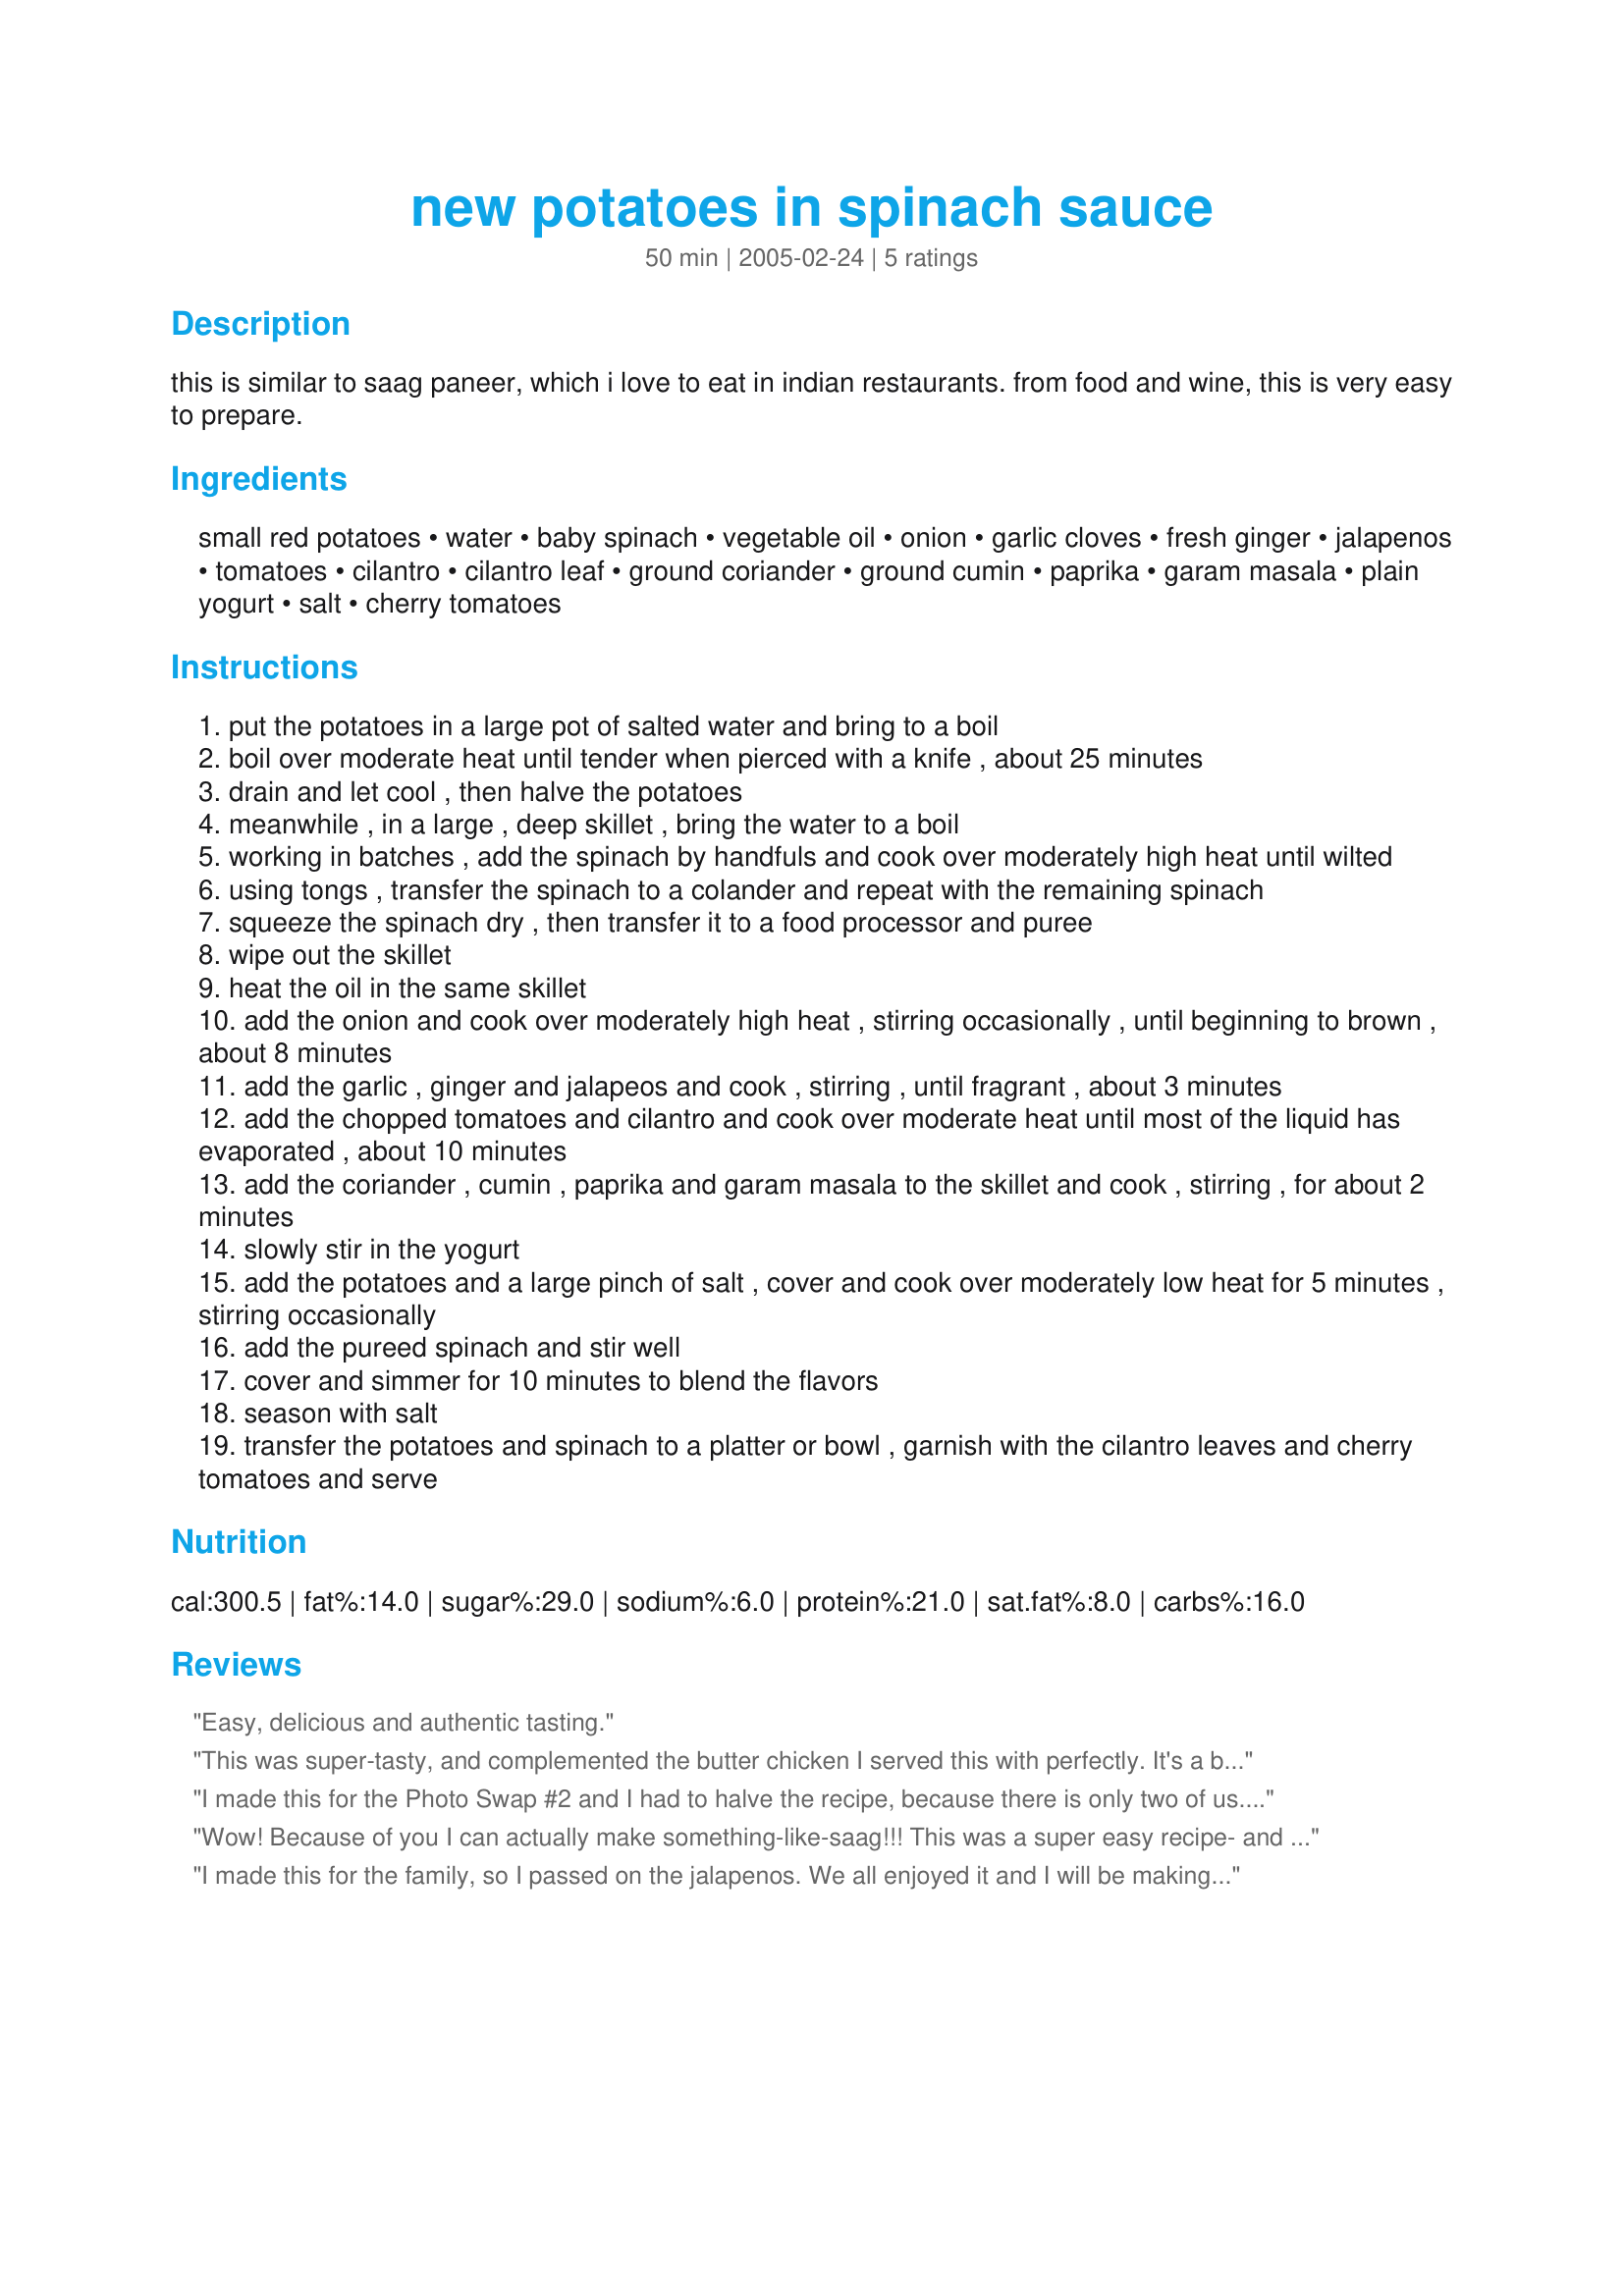
new potatoes in spinach sauce
Preparation time: 50 minutes

this is similar to saag paneer, which i love to eat in indian restaurants. from food and wine, this is very easy to prepare.

Ingredients:
small red potatoes, water, baby spinach, vegetable oil, onion, garlic cloves, fresh ginger, jalapenos, tomatoes, cilantro, cilantro leaf, ground coriander, ground cumin, paprika, garam masala, plain yogurt, salt, cherry tomatoes

Steps:
put the potatoes in a large pot of salted water and bring to a boil
boil over moderate heat until tender when pierced with a knife , about 25 minutes
drain and let cool , then halve the potatoes
meanwhile , in a large , deep skillet , bring the water to a boil
working in batches , add the spinach by handfuls and cook over moderately high heat until wilted
using tongs , transfer the spinach to a colander and repeat with the remaining spinach
squeeze the spinach dry , then transfer it to a food processor and puree
wipe out the skillet
heat the oil in the same skillet
add the onion and cook over moderately high heat , stirring occasionally , until beginning to brown , about 8 minutes
add the garlic , ginger and jalapeos and cook , stirring , until fragrant , about 3 minutes
add the chopped tomatoes and cilantro and cook over moderate heat until most of the liquid has evaporated , about 10 minutes
add the coriander , cumin , paprika and garam masala to the skillet and cook , stirring , for about 2 minutes
slowly stir in the yogurt
add the potatoes and a large pinch of salt , cover and cook over moderately low heat for 5 minutes , stirring occasionally
add the pureed spinach and stir well
cover and simmer for 10 minutes to blend the flavors
season with salt
transfer the potatoes and spinach to a platter or bowl , garnish with the cilantro leaves and cherry tomatoes and serve

Reviews:
Easy, delicious and authentic tasting.
This was super-tasty, and complemented the butter chicken I served this with perfectly. It's a bit of a bother to make, but the flavor can't be beat. I actually preferred it over the spinach dishes I've had at Indian & Pakistani restaurants. The only change I made was using 2 serrano peppers instead of the jalapeno, and the dish ended up having the perfect amount of heat. Thanks for sharing.
I made this for the Photo Swap #2 and I had to halve the recipe, because there is only two of us. I have always loved the combination of potatoes and spinach and the spices add an interesting angle to one of my old favourites. I couldn't find any red potatoes, so I used white Baby New Potatoes instead, which were delicious. I have a similar recipe posted myself, but without the yoghurt and tomatoes, which are a nice addition. Chia, thanks for sharing a great recipe. Hope you like the pic!
Wow! Because of you I can actually make something-like-saag!!! This was a super easy recipe- and the instructions are great- simple to follow and understand. Thank you so much for sharing this. It's a definite keeper.

I made this for the family, so I passed on the jalapenos. We all enjoyed it and I will be making it again. If I make it for a spicy crowd, I think I will use the tiny Indian chilis instead of the jalapenos. It was a very pretty dish, too.
